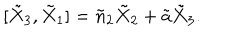
LaTeX: [ \tilde { X } _ { 3 } , \tilde { X } _ { 1 } ] = \tilde { n } _ { 2 } \tilde { X } _ { 2 } + \tilde { a } \tilde { X } _ { 3 } .